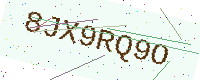
Text: 8JX9RQ9O